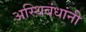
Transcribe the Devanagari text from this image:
अस्थिबंधांनी